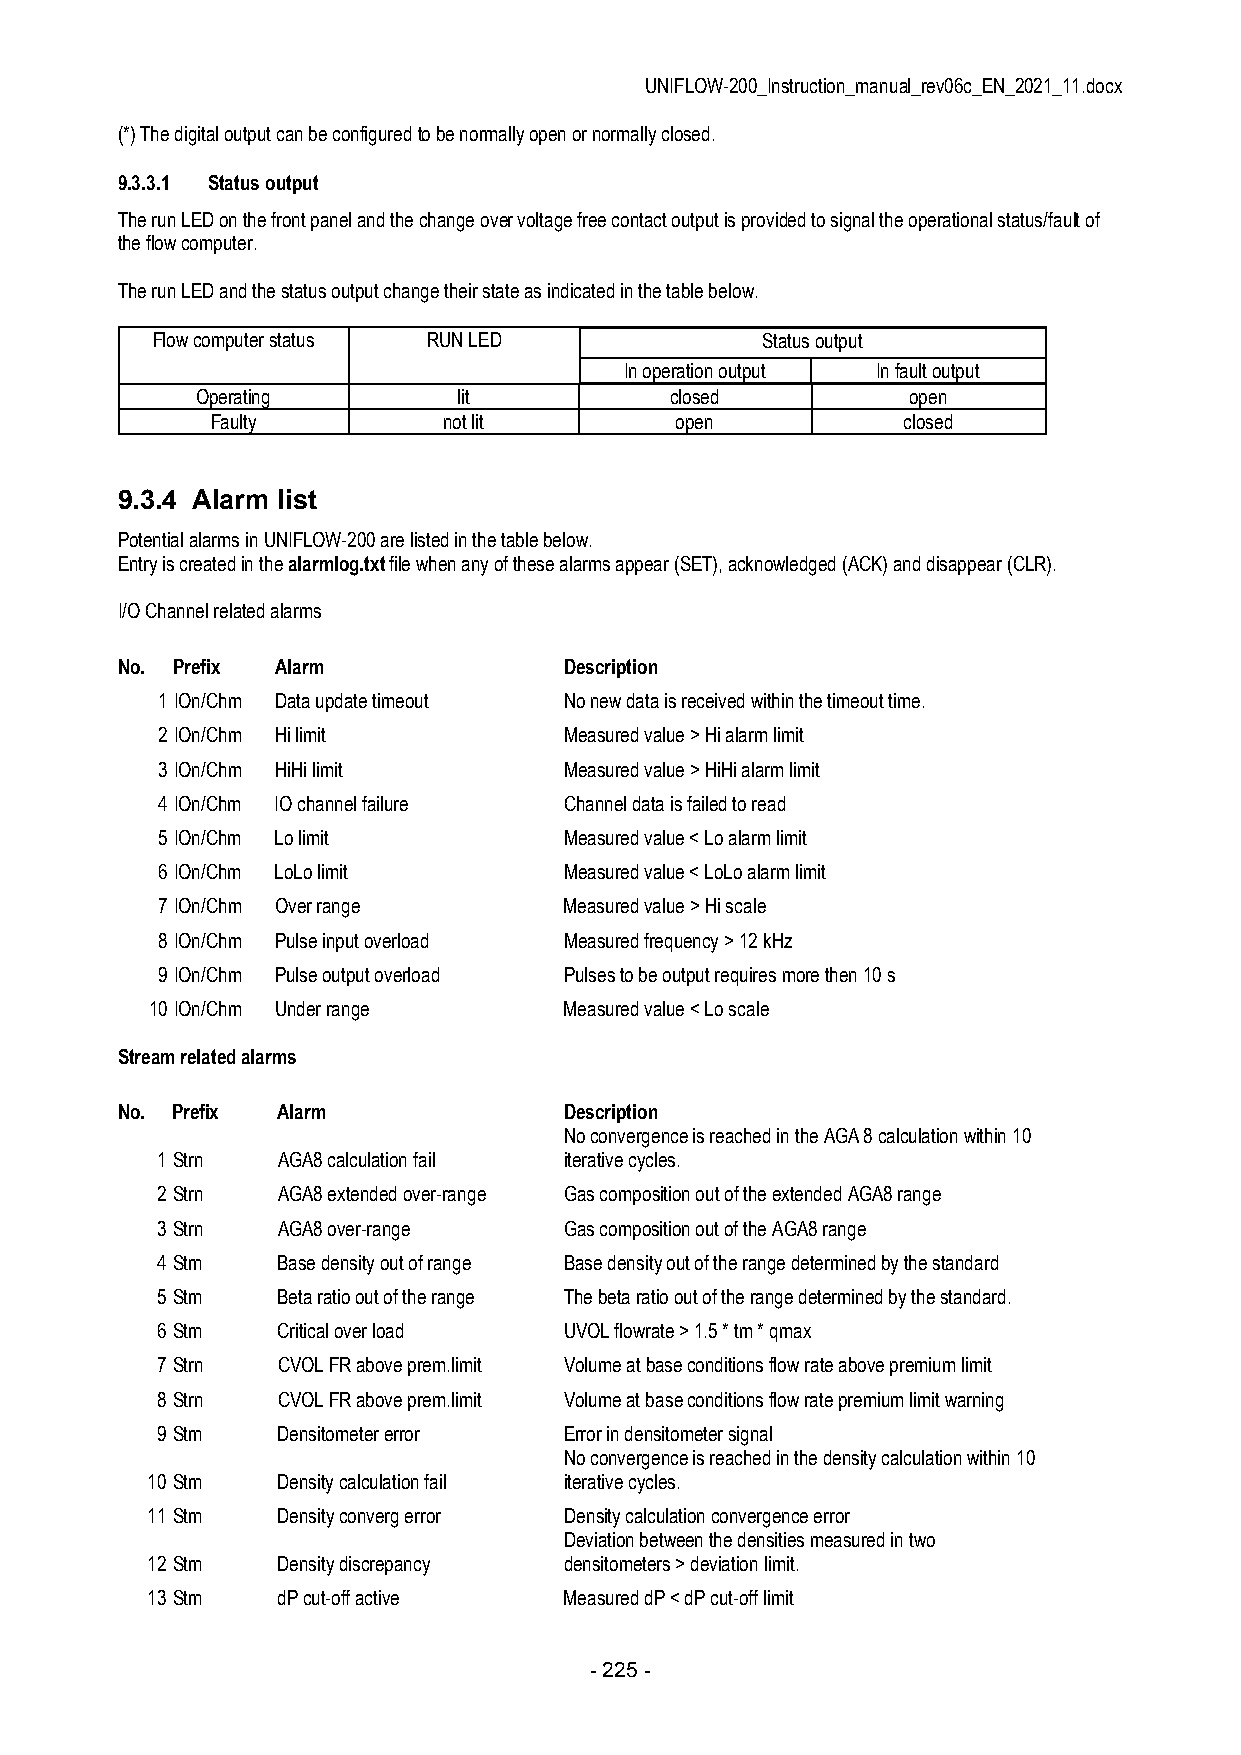
UNIFLOW-200_Instruction_manual_rev06c_EN_2021_11.docx
 (*) The digital output can be configured to be normally open or normally closed.
 9.3.3.1 Status output
 The run LED on the front panel and the change over voltage free contact output is provided to signal the operational status/fault of
 the flow computer.
 The run LED and the status output change their state as indicated in the table below.
 Flow computer status RUN LED            Status output
 In operation output In fault output
 Operating        lit           closed          open
 Faulty         not lit         open           closed
 9.3.4 Alarm list
 Potential alarms in UNIFLOW-200 are listed in the table below.
 Entry is created in the alarmlog.txt file when any of these alarms appear (SET), acknowledged (ACK) and disappear (CLR).
 I/O Channel related alarms
 No. Prefix Alarm             Description
 1 IOn/Chm Data update timeout No new data is received within the timeout time.
 2 IOn/Chm Hi limit         Measured value > Hi alarm limit
 3 IOn/Chm HiHi limit       Measured value > HiHi alarm limit
 4 IOn/Chm IO channel failure Channel data is failed to read
 5 IOn/Chm Lo limit         Measured value < Lo alarm limit
 6 IOn/Chm LoLo limit       Measured value < LoLo alarm limit
 7 IOn/Chm Over range       Measured value > Hi scale
 8 IOn/Chm Pulse input overload Measured frequency > 12 kHz
 9 IOn/Chm Pulse output overload Pulses to be output requires more then 10 s
 10 IOn/Chm Under range     Measured value < Lo scale
 Stream related alarms
 No. Prefix Alarm             Description
 No convergence is reached in the AGA 8 calculation within 10
 1 Strn  AGA8 calculation fail iterative cycles.
 2 Strn  AGA8 extended over-range Gas composition out of the extended AGA8 range
 3 Strn  AGA8 over-range    Gas composition out of the AGA8 range
 4 Strn  Base density out of range Base density out of the range determined by the standard
 5 Strn  Beta ratio out of the range The beta ratio out of the range determined by the standard.
 6 Strn  Critical over load UVOL flowrate > 1.5 * tm * qmax
 7 Strn  CVOL FR above prem.limit Volume at base conditions flow rate above premium limit
 8 Strn  CVOL FR above prem.limit Volume at base conditions flow rate premium limit warning
 9 Strn  Densitometer error Error in densitometer signal
 No convergence is reached in the density calculation within 10
 10 Strn Density calculation fail iterative cycles.
 11 Strn Density converg error Density calculation convergence error
 Deviation between the densities measured in two
 12 Strn Density discrepancy densitometers > deviation limit.
 13 Strn dP cut-off active  Measured dP < dP cut-off limit
 - 225 -